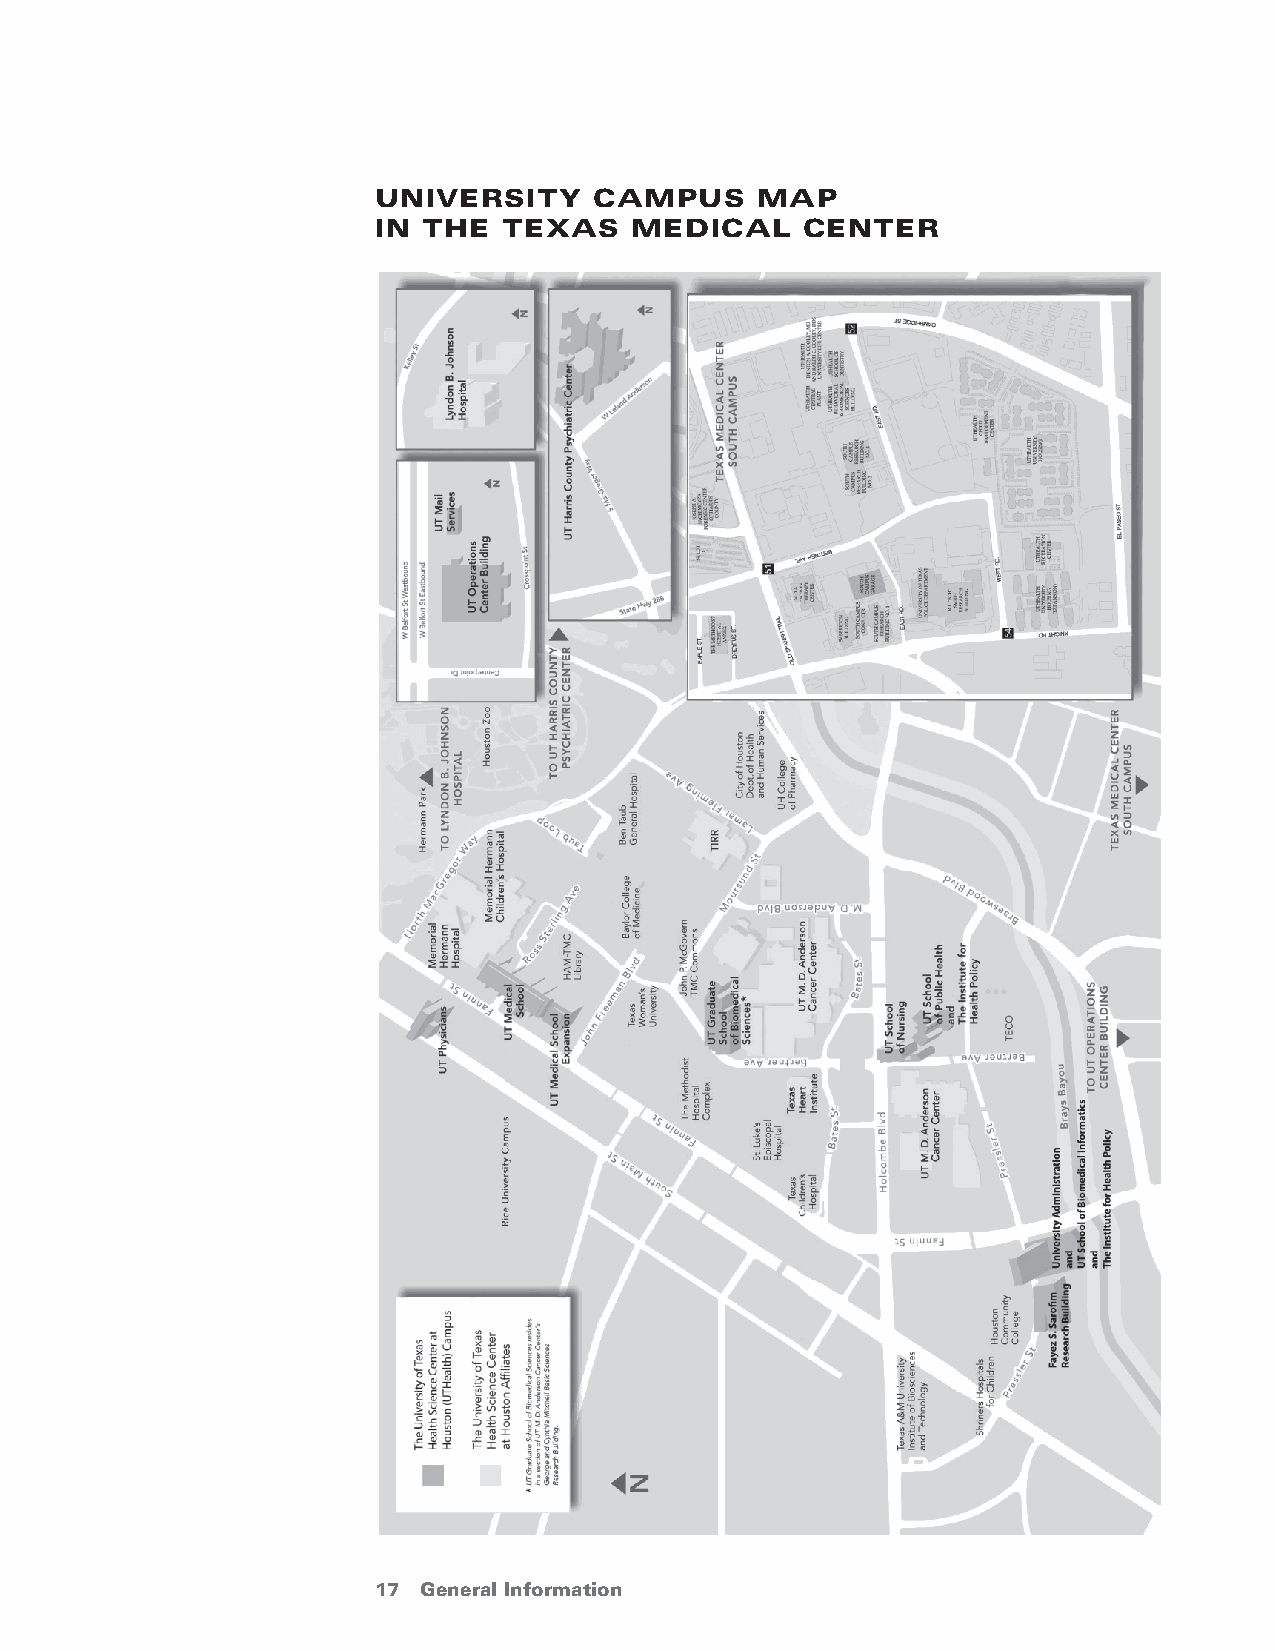
UniversitY    camPUs     maP
 in tHe  teXas   medical    center
 17 General Information                 return to Table of Contents